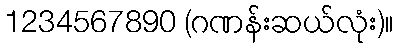
1234567890 (ဂဏန်းဆယ်လုံး)။